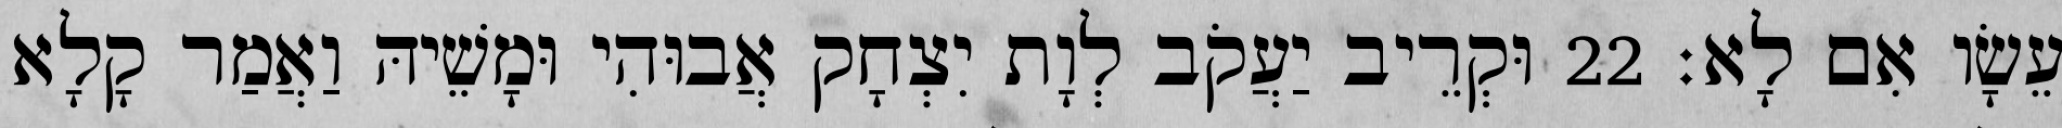
עֵשָׂו אִם לָא׃ 22 וּקְרֵיב יַעֲקֹב לְוָת יִצְחָק אֲבוּהִי וּמָשֵׁיהּ וַאֲמַר קָלָא